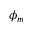
\phi _ { m }